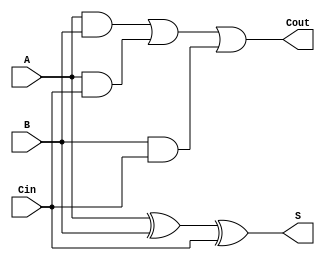
module full_adder(S,Cout,A,B,Cin);
    input A, B, Cin;
    output S, Cout;
    wire w1, w2, w3;

    and A_and_B(w1, A,B);
    and A_and_Cin(w2,A,Cin);
    and B_and_Cin(w3, B, Cin);

    or Cout_gate(Cout, w1, w2, w3);
    xor Sresults(S,A,B,Cin);

endmodule